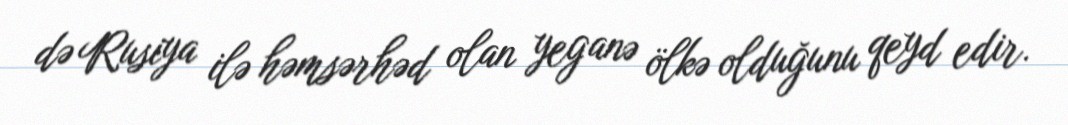
də Rusiya ilə həmsərhəd olan yeganə ölkə olduğunu qeyd edir.